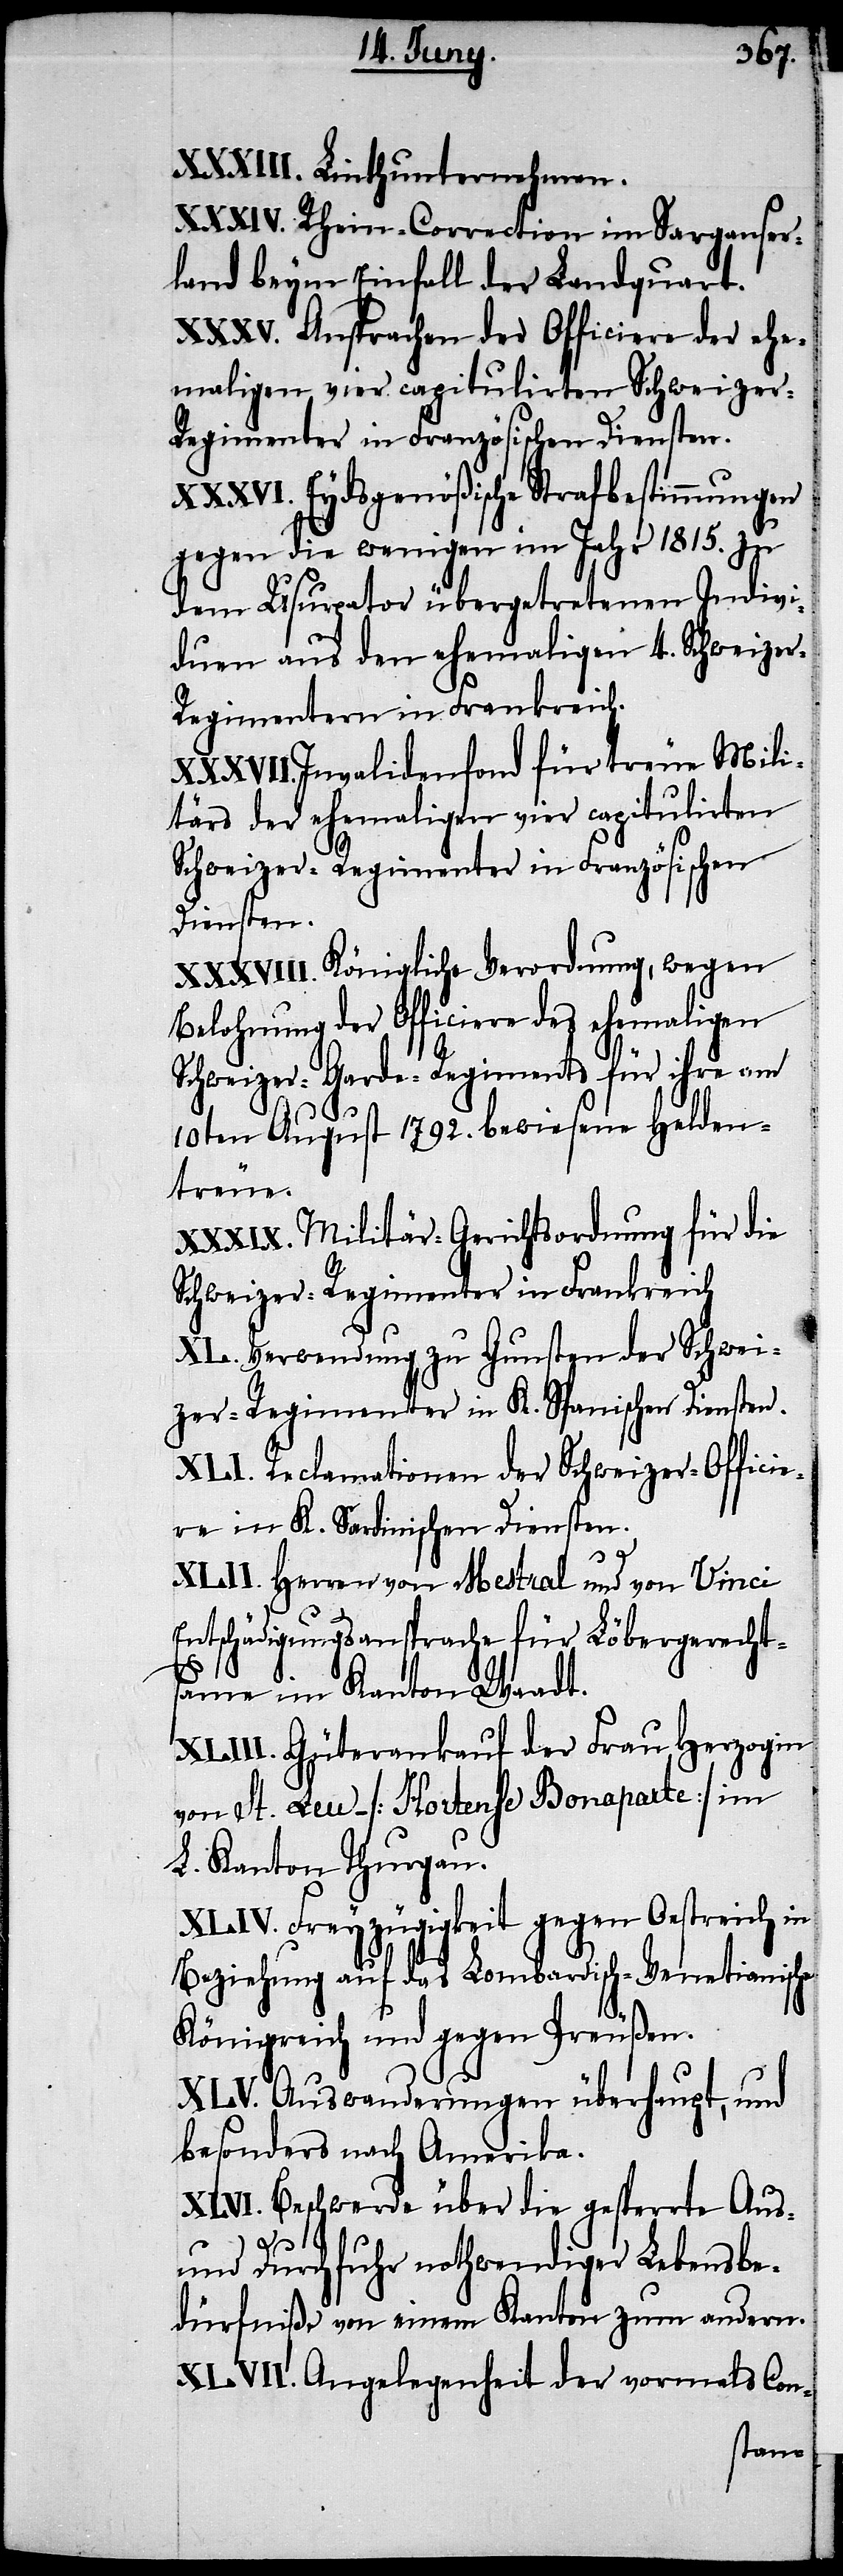
Linthunternehmen.
Rhein-Correction im Sarganser¬
land beym Einfall der Landquart.
Ansprachen der Officiere der ehe¬
maligen vier capitulirten Schweizer-R¬
egimenter in Französischen Diensten.
Eydsgenößische Strafbestimmungen
gegen die wenigen im Jahr 1815. zu
dem Usurpator übergetretenen Indivi¬
duen aus den ehemaligen 4. Schweize¬
r-Regimentern in Frankreich.
Invalidenfond für treue Mili¬
tärs der ehemaligen vier capitulirten
Schweizer-Regimenter in Französischen
Diensten.
Königliche Verordnung, wegen
Belohnung der Officiere des ehemaligen
Schweizer-Garde-Regiments für ihre am
10ten August 1792. bewiesene Helden¬
treue.
Militär-Gerichtsordnung für die
Schweizer-Regimenter in Frankreich.
Verwendung zu Gunsten der Schwei¬
zer-Regimenter in K. Spanischen Diensten.
Reclamationen der Schweizer-Officie¬
re in K. Sardinischen Diensten.
Herren von Mestral und von Vinci
Entschädigungsansprache für Löbergerecht¬
same im Kanton Waadt.
Güterankauf der Frau Herzogin
von St. Leu [Hortense Bonaparte] im
L. Kanton Thurgau.
Freyzügigkeit gegen Oestreich in
Beziehung auf das Lombardisch-Venetianische
Königreich und gegen Preußen.
Beschwerde über die gesperrte Aus-
und Durchfuhr nothwendiger Lebensbe¬
dürfniße von einem Kanton zum andern.
Angelegenheit der vormals Con-